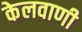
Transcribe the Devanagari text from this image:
केलवाणी